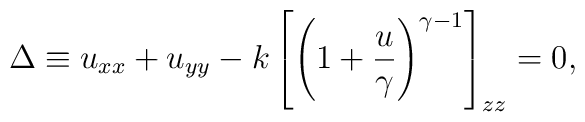
\Delta\equiv u_{xx}+u_{yy}-k\left[\left(1+{u\over \gamma}\right)^{\gamma-1}\right]_{zz}=0,